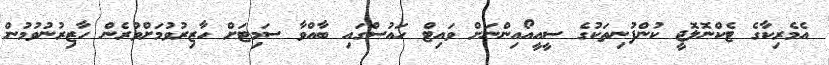
އެމެރިކާގެ ޓެކްނޮލޮޖީ ކުންފުނިތަކުގެ ސީއީއޯއިންނަށް ވައިޓް ހައުސްގައި ބާއްވާ ސަމިޓަށް ހާޒިރުވުމަށްވުރެން ހާޒިރުނުވުމުން